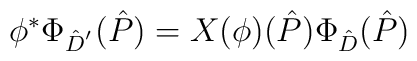
\phi^{*}\Phi_{\hat{D}^{'}}(\hat P)=X(\phi)(\hat{P})\Phi_{\hat D}(\hat P)